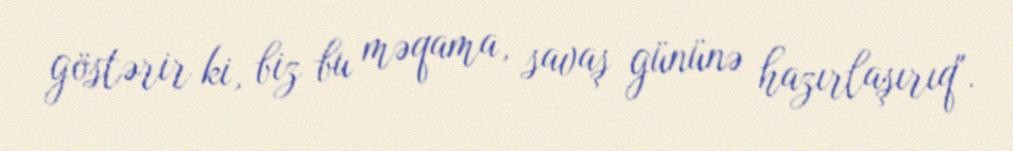
göstərir ki, biz bu məqama, savaş gününə hazırlaşırıq".